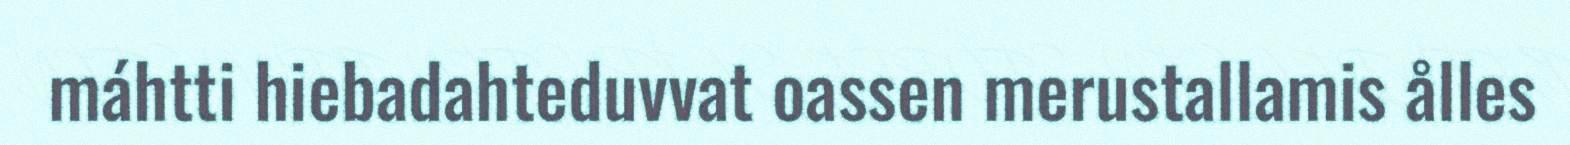
máhtti hiebadahteduvvat oassen merustallamis ålles